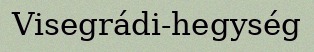
Visegrádi-hegység